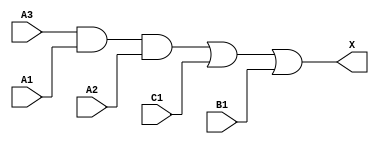
module sky130_fd_sc_hd__a311o_6 (
    X ,
    A1,
    A2,
    A3,
    B1,
    C1
);
    output X ;
    input  A1;
    input  A2;
    input  A3;
    input  B1;
    input  C1;
    wire and0_out ;
    wire or0_out_X;
    and and0 (and0_out , A3, A1, A2      );
    or  or0  (or0_out_X, and0_out, C1, B1);
    buf buf0 (X        , or0_out_X       );
endmodule